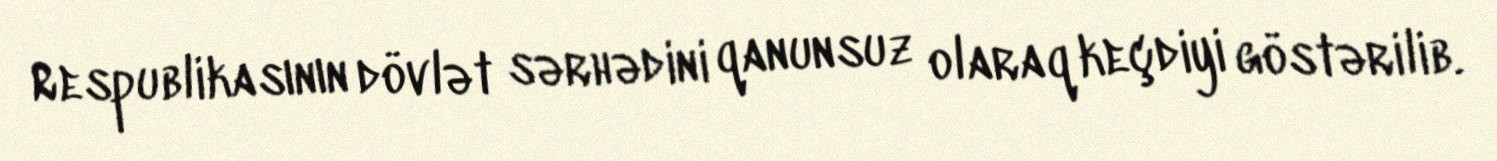
Respublikasının dövlət sərhədini qanunsuz olaraq keçdiyi göstərilib.